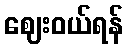
ဈေးဝယ်ရန်